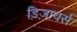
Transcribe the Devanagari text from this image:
ड़िज़ायर्स